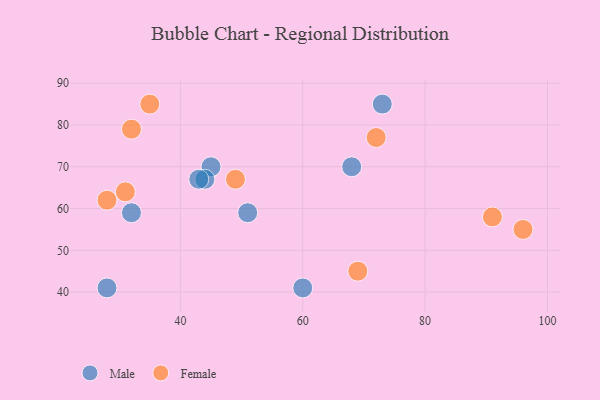
{"axis": {"x": "GDP", "y": "Life Expectancy"}, "legend": ["Female", "Male"], "data": [{"x": "45", "y": 70, "type": "Male"}, {"x": "28", "y": 41, "type": "Male"}, {"x": "51", "y": 59, "type": "Male"}, {"x": "60", "y": 41, "type": "Male"}, {"x": "32", "y": 59, "type": "Male"}, {"x": "44", "y": 67, "type": "Male"}, {"x": "43", "y": 67, "type": "Male"}, {"x": "73", "y": 85, "type": "Male"}, {"x": "68", "y": 70, "type": "Male"}, {"x": "32", "y": 79, "type": "Female"}, {"x": "96", "y": 55, "type": "Female"}, {"x": "69", "y": 45, "type": "Female"}, {"x": "49", "y": 67, "type": "Female"}, {"x": "31", "y": 64, "type": "Female"}, {"x": "35", "y": 85, "type": "Female"}, {"x": "91", "y": 58, "type": "Female"}, {"x": "72", "y": 77, "type": "Female"}, {"x": "28", "y": 62, "type": "Female"}]}